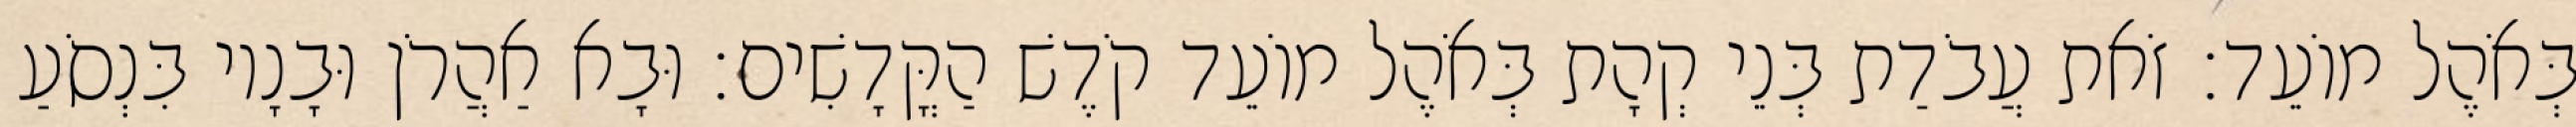
בְּאֹהֶל מוֹעֵד׃ זֹאת עֲבֹדַת בְּנֵי קְהָת בְּאֹהֶל מוֹעֵד קֹדֶשׁ הַקֳּדָשִׁים׃ וּבָא אַהֲרֹן וּבָנָיו בִּנְסֹעַ